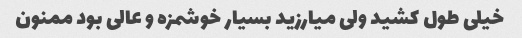
خیلی طول کشید ولی میارزید بسیار خوشمزه و عالی بود ممنون